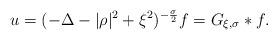
LaTeX: \begin{align*} u= (-\Delta -|\rho|^{2}+\xi^{2})^{-\frac{\sigma}{2}}f= G_{\xi, \sigma}*f. \end{align*}